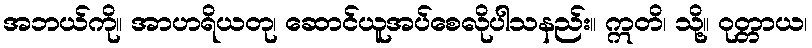
အဘယ်ကို။ အာဟရိယတု၊ ဆောင်ယူအပ်စေလိုပါသနည်း။ ဣတိ၊ သို့။ ဝုတ္တာယ၊